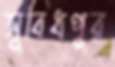
সুবিধপুর